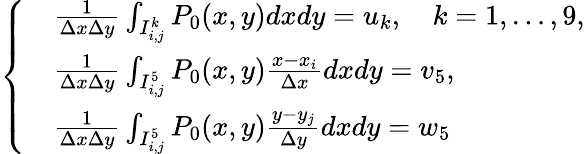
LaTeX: \begin{array}{r}{\left\{ \begin{array}{rl}&{\frac{1}{\Delta x\Delta y}\int_{I_{i,j}^{k}}P_{0}(x,y)dxdy=u_{k},\quad k=1,\dots,9,}\\ &{\frac{1}{\Delta x\Delta y}\int_{I_{i,j}^{5}}P_{0}(x,y)\frac{x-x_{i}}{\Delta x}dxdy=v_{5},}\\ &{\frac{1}{\Delta x\Delta y}\int_{I_{i,j}^{5}}P_{0}(x,y)\frac{y-y_{j}}{\Delta y}dxdy=w_{5}}\end{array}\right.}\end{array}